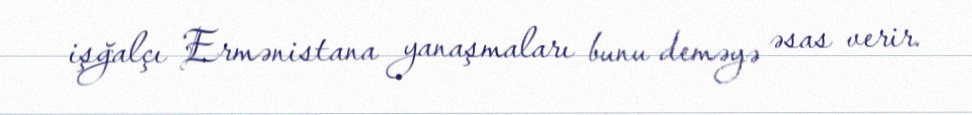
işğalçı Ermənistana yanaşmaları bunu deməyə əsas verir.